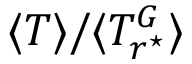
\langle T \rangle / \langle T _ { r ^ { \star } } ^ { G } \rangle